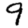
Digit: 9